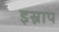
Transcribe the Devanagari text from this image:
इस्नाप